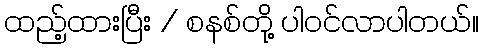
ထည့်ထားပြီး / စနစ်တို့ ပါဝင်လာပါတယ်။